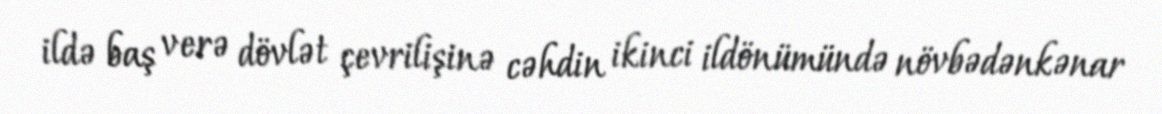
ildə baş verə dövlət çevrilişinə cəhdin ikinci ildönümündə növbədənkənar